Note on surra in camels for commandants of camel corps
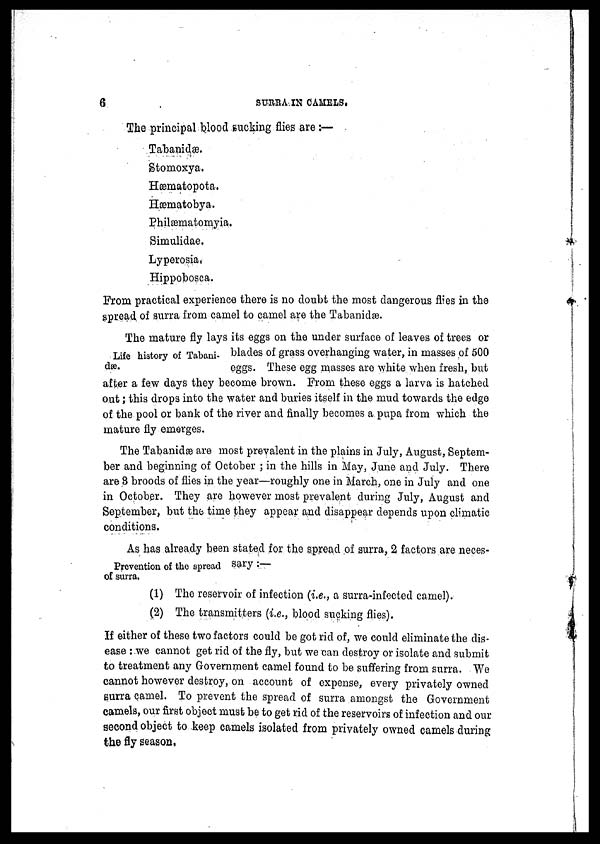
6
SURRA IN CAMELS.
The principal blood sucking flies are :—
Tabanidæ.
Stomoxya.
Hæmatopota.
Hæmatobya.
Ehilæmatomyia.
Simulidae.
Lyperosia.
Hippobosca.
From practical experience there is no doubt the most dangerous flies in the
spread of surra from camel to camel are the Tabanidæ.
Life history of Tabani-
dæ.
The mature fly lays its eggs on the under surface of leaves of trees or
blades of grass overhanging water, in masses of 500
eggs. These egg masses are white when fresh, but
after a few days they become brown. From these eggs a larva is hatched
out; this drops into the water and buries itself in the mud towards the edge
of the pool or bank of the river and finally becomes a pupa from which the
mature fly emerges.
The Tabanidæ are most prevalent in the plains in July, August, Septem-
ber and beginning of October ; in the hills in May. June and July. There
are 8 broods of flies in the year—roughly one in March, one in July and one
in October. They are however most prevalent during July, August and
September, but the time they appear and disappear depends upon climatic
conditions.
As has already been stated for the spread of surra, 2 factors are neces-
Prevention of the spread sary :—
of surra.
(1) The reservoir of infection (i.e., a surra-infected camel).
(2) The transmitters [i.e., blood sucking flies).
If either of these two factors could be got rid of, we could eliminate the dis-
ease :.we cannot get rid of the fly, but we can destroy or isolate and submit
to treatment any Government camel found to be suffering from surra. We
cannot however destroy, on account of expense, every privately owned
surra camel. To prevent the spread of surra amongst the Government
camels, our first object must be to get rid of the reservoirs of infection and our
second object to keep camels isolated from privately owned camels during
the fly season,